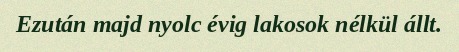
Ezután majd nyolc évig lakosok nélkül állt.